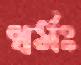
ধর্মঃ